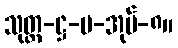
သုတ္တ-ဋ္ဌ-ပ-အုပ်-၈။